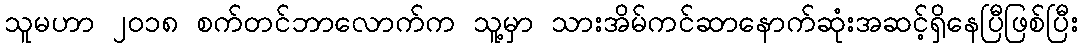
သူမဟာ ၂၀၁၈ စက်တင်ဘာလောက်က သူ့မှာ သားအိမ်ကင်ဆာနောက်ဆုံးအဆင့်ရှိနေပြီဖြစ်ပြီး